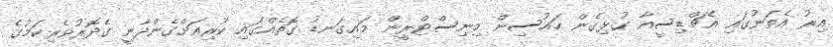
އިރު އެތަނުގައި އެޗްޑިސީއާ ގުޅިގެން ހައުސިން މިނިސްޓްރީން މައިގަނޑު ގޮތެއްގައި ކުރިއަށްގެންދާނީ ގެދޮރުވެރިކަމުގެ